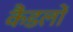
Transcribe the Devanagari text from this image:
कैंडलों